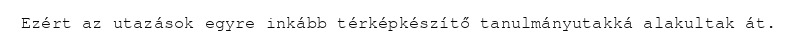
Ezért az utazások egyre inkább térképkészítő tanulmányutakká alakultak át.